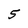
Character: 5